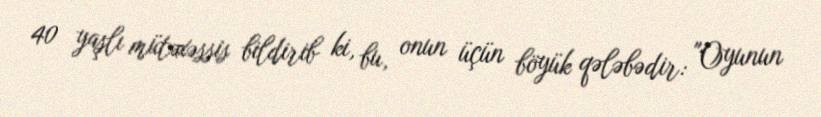
40 yaşlı mütəxəssis bildirib ki, bu, onun üçün böyük qələbədir: "Oyunun